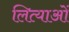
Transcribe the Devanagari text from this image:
लित्याओं